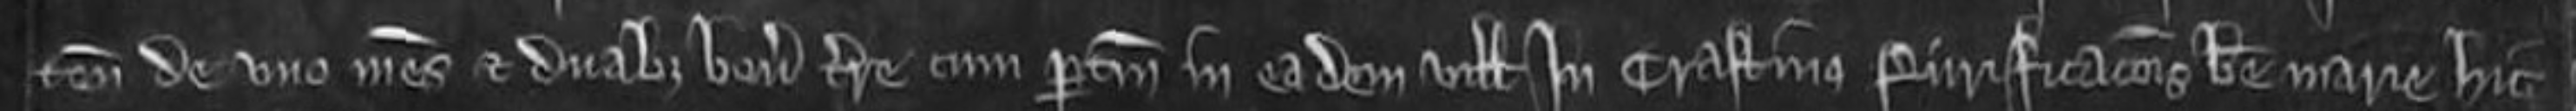
tenenti de uno mesuagio et duabus bovatis terre cum pertinenciis in eadem villa in crastino Purificacionis Beate Marie hic